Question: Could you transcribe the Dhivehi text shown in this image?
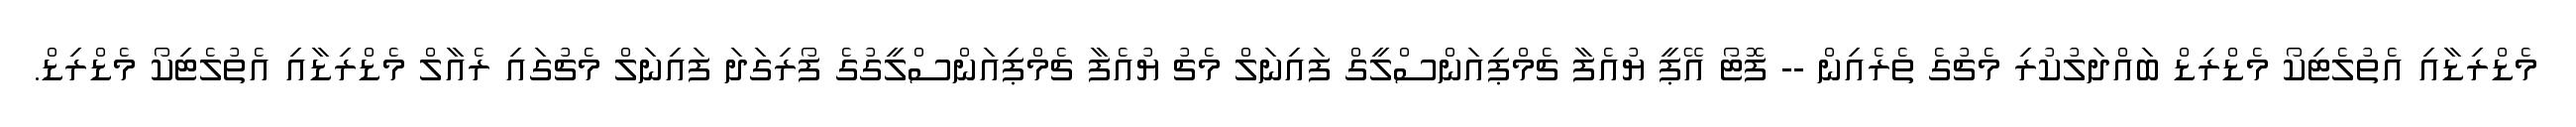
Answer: މެޑްރިޑާއި އެތުލެޓިކޯ މެޑްރިޑް ބައްދަލުކުރި މެޗުގެ ތެރެއިން -- ފޮޓޯ އޭޕީ ޔުއެފާ ޗެމްޕިއަންސްލީގް ފައިނަލް މެޗު ޔުއެފާ ޗެމްޕިއަންސްލީގުގެ ފޯރިގަދަ ފައިނަލް މެޗުގައި ރެއާލް މެޑްރިޑާއި އެތުލެޓިކޯ މެޑްރިޑް.